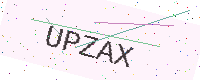
Text: UPZAX